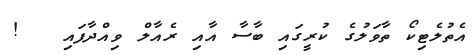
އެތުލެޓިކޯ ތާވަލުގެ ކުރީގައި ބާސާ އާއި ރެއާލް ވިއްދާފައި   !